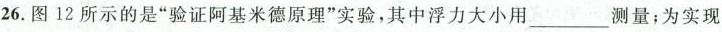
26.图12所示的是”验证阿基米德原理”实验，其中浮力大小用_________测量；为实现